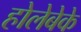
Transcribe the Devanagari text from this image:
होलेबेके